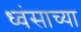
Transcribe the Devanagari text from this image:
ध्वंसाच्या